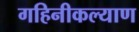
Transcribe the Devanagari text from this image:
गहिनीकल्याण